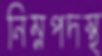
নিম্নপদস্থ